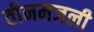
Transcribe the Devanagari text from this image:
तीनमजली